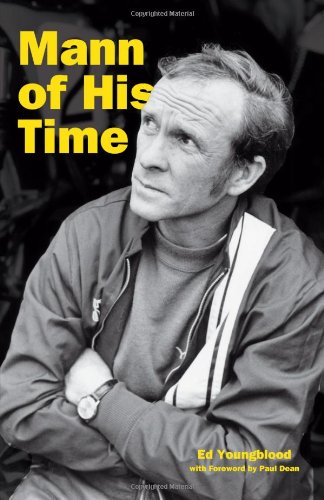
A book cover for Mann of His Time; Ed Youngblood; Sports & Outdoors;